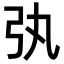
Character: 𢎫